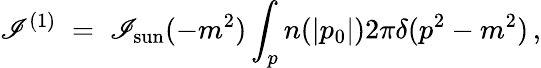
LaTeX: {\cal\mathscr{I}}^{(1)}\; =\; \mathscr{I}_{\mathrm{{sun}}}(-m^{2})\int_{p}n(|p_{0}|)2\pi\delta(p^{2}-m^{2})\, ,